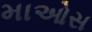
માઓસ